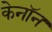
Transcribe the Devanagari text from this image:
केनॉन